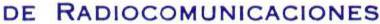
DE RADIOCOMUNICACIONES